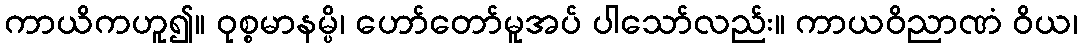
ကာယိကဟူ၍။ ဝုစ္စမာနမ္ပိ၊ ဟော်တော်မူအပ် ပါသော်လည်း။ ကာယဝိညာဏံ ဝိယ၊